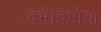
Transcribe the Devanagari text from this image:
दर्भ।दर्भाचा